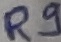
Text: R9